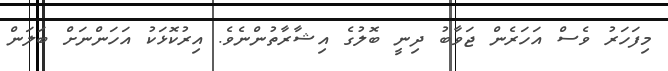
މިފަހަރު ވެސް އަހަރެން ޖަވާބު ދިނީ ބޮލުގެ އިޝާރާތުންނެވެ. އިރުކޮޅަކު އަހަންނަށް ބަލަން